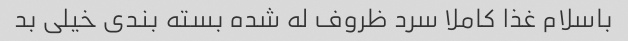
باسلام غذا کاملا سرد ظروف له شده بسته بندی خیلی بد